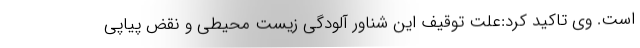
است. وی تاکید کرد:علت توقیف این شناور آلودگی زیست محیطی و نقض پیاپی